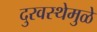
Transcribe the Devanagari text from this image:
दुरवस्थेमुळे